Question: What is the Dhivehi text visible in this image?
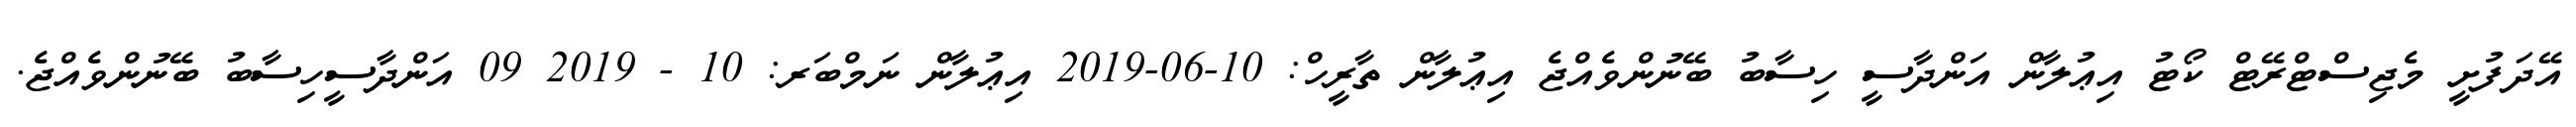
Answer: އޭދަފުށީ މެޖިސްޓްރޭޓް ކޯޓު އިޢުލާން އަންދާސީ ހިސާބު ބޭނުންވެއްޖެ އިޢުލާން ތާރީހް: 10-06-2019 އިޢުލާން ނަމްބަރ: 10 - 2019 09 އަންދާސީހިސާބު ބޭނުންވެއްޖެ.